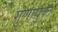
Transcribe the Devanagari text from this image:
गुणायुक्त